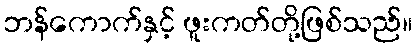
ဘန်ကောက်နှင့် ဖူးကတ်တို့ဖြစ်သည်။